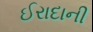
ઈરાદાની